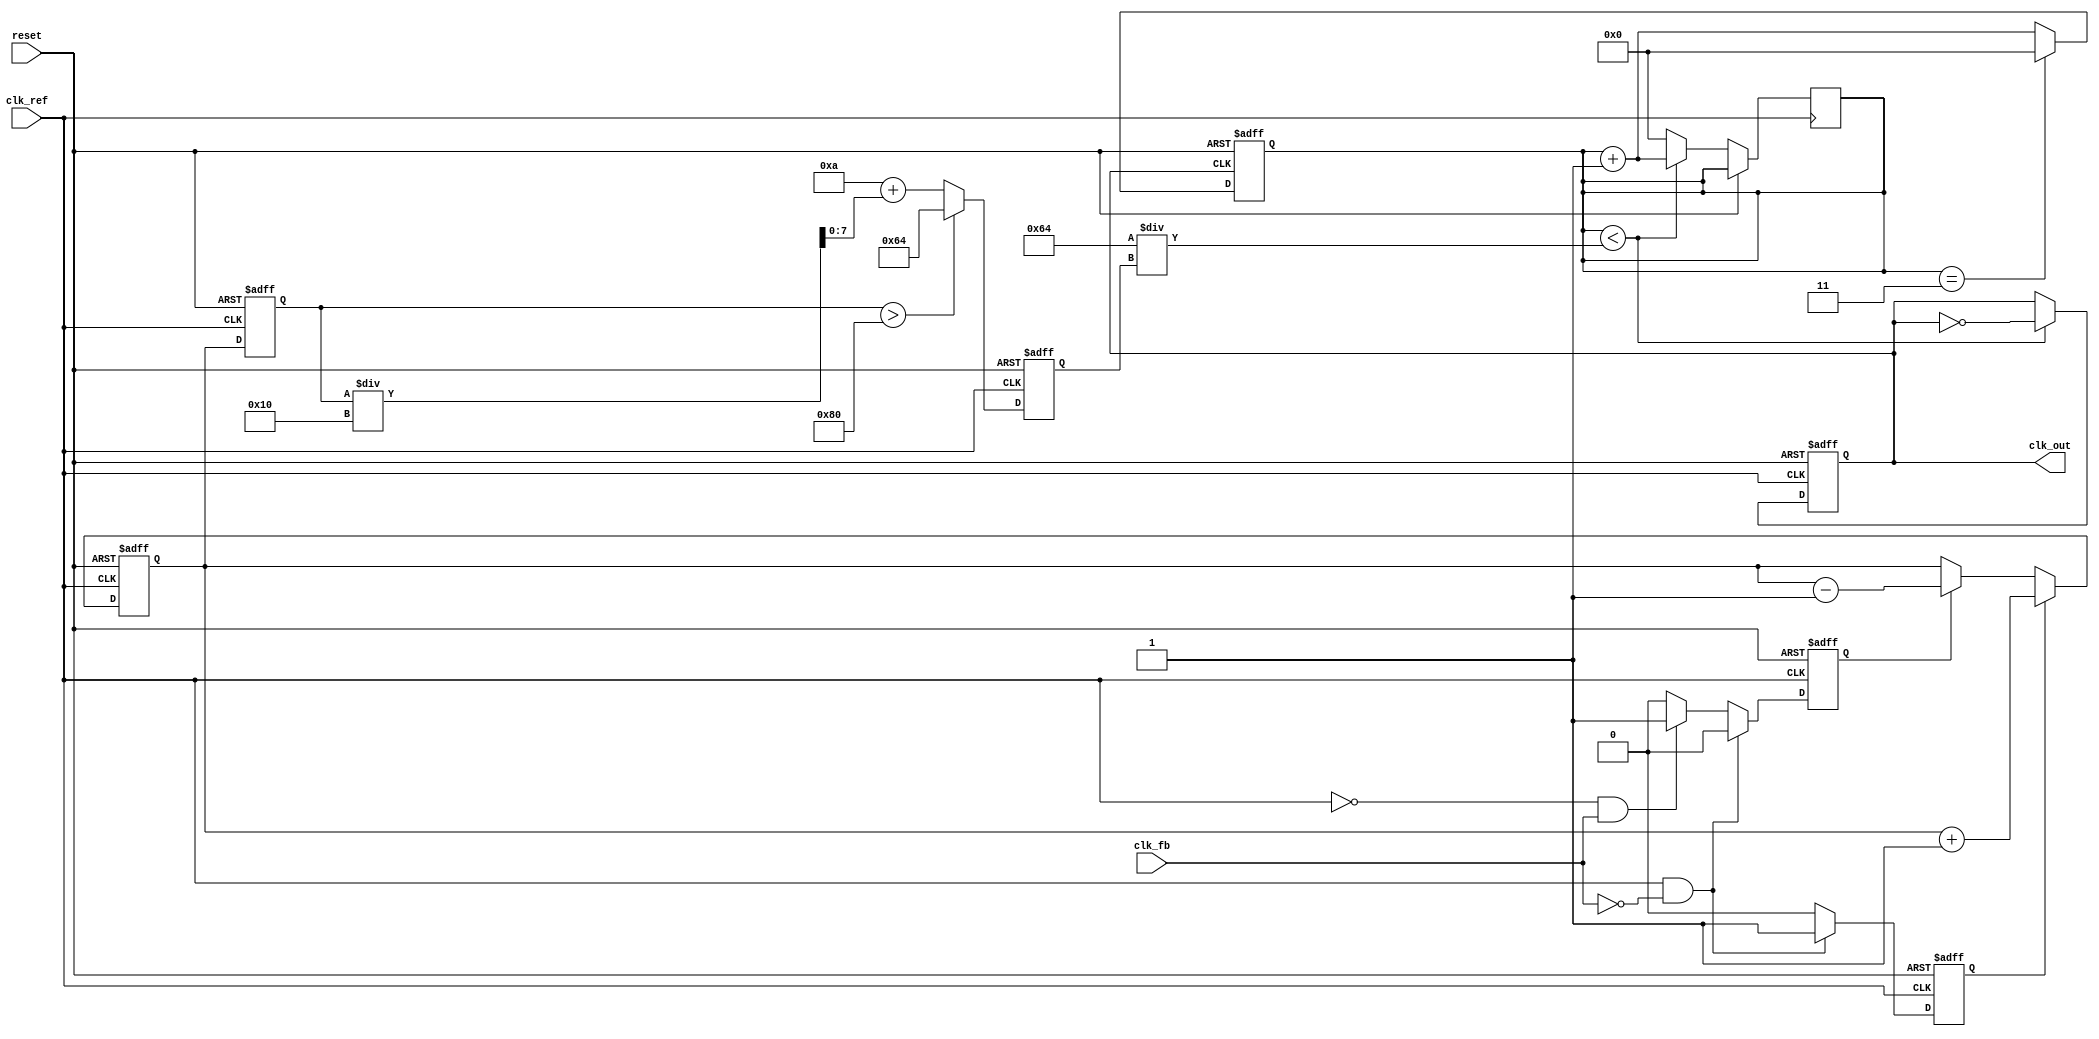
module cp_pll (
    input wire clk_ref,         // Reference clock input
    input wire clk_fb,          // Feedback clock input from VCO
    input wire reset,           // Asynchronous reset
    output reg clk_out          // Output clock
);

// Parameters
parameter DIV_RATIO = 4;      // Feedback divider ratio
parameter CP_CURRENT = 1;      // Charge pump current (arbitrary units)
parameter VCO_MAX_FREQ = 100;  // Max VCO frequency (arbitrary units)
parameter VCO_MIN_FREQ = 10;   // Min VCO frequency (arbitrary units)

// Internal signals
reg up, down;
reg [7:0] charge_pump_output;   // Charge pump output voltage (8-bit for simplicity)
reg [7:0] vco_control_voltage;   // Control voltage for VCO
reg [7:0] vco_frequency;          // VCO frequency
reg [3:0] feedback_counter;       // Feedback counter for division

// Phase Frequency Detector (PFD)
always @(posedge clk_ref or posedge reset) begin
    if (reset) begin
        up <= 0;
        down <= 0;
    end else begin
        if (clk_ref && !clk_fb) begin
            up <= 1;   // Reference clock leads feedback clock
            down <= 0;
        end else if (!clk_ref && clk_fb) begin
            up <= 0;
            down <= 1; // Feedback clock leads reference clock
        end else begin
            up <= 0;
            down <= 0; // No phase difference
        end
    end
end

// Charge Pump
always @(posedge clk_ref or posedge reset) begin
    if (reset) begin
        charge_pump_output <= 0;
    end else begin
        if (up) begin
            charge_pump_output <= charge_pump_output + CP_CURRENT; // Charge
        end else if (down) begin
            charge_pump_output <= charge_pump_output - CP_CURRENT; // Discharge
        end
    end
end

// Loop Filter (simple integrator for demonstration)
always @(posedge clk_ref or posedge reset) begin
    if (reset) begin
        vco_control_voltage <= 0;
    end else begin
        vco_control_voltage <= charge_pump_output; // Directly use charge pump output
    end
end

// Voltage-Controlled Oscillator (VCO)
always @(posedge clk_ref or posedge reset) begin
    if (reset) begin
        vco_frequency <= VCO_MIN_FREQ; // Start at minimum frequency
        clk_out <= 0;
    end else begin
        // Adjust VCO frequency based on control voltage
        if (vco_control_voltage > 128) begin
            vco_frequency <= VCO_MAX_FREQ; // Max frequency
        end else begin
            vco_frequency <= VCO_MIN_FREQ + (vco_control_voltage / 16); // Scale control voltage
        end
        
        // Generate output clock based on VCO frequency
        if (feedback_counter < (VCO_MAX_FREQ / vco_frequency)) begin
            clk_out <= ~clk_out; // Toggle output clock
            feedback_counter <= feedback_counter + 1;
        end else begin
            feedback_counter <= 0; // Reset counter
        end
    end
end

// Feedback Divider
always @(posedge clk_out or posedge reset) begin
    if (reset) begin
        feedback_counter <= 0;
    end else begin
        if (feedback_counter == DIV_RATIO - 1) begin
            feedback_counter <= 0; // Reset for next division
        end else begin
            feedback_counter <= feedback_counter + 1; // Increment feedback counter
        end
    end
end

endmodule